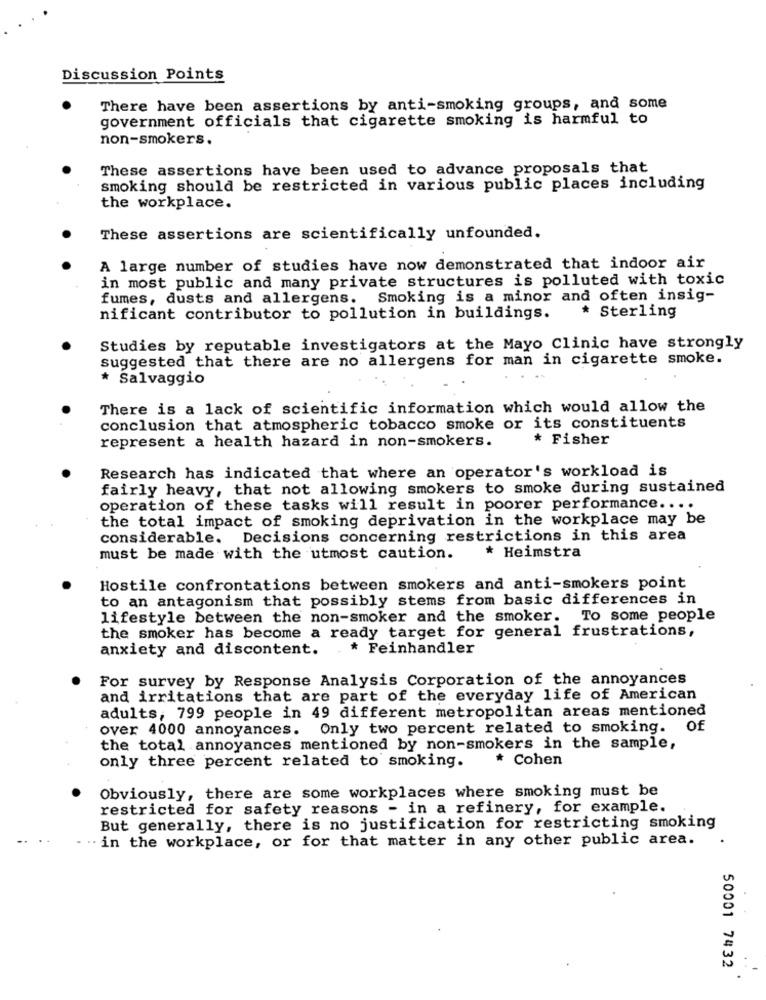
Discussion Points
There have been assertions by anti-smoking groups, and some
government officials that cigarette smoking is harmful to
non-smokers.
These assertions have been used to advance proposals that
smoking should be restricted in various public places including
the workplace.
These assertions are scientifically unfounded.
A large number of studies have now demonstrated that indoor air
in most public and many private structures is polluted with toxic
fumes, dusts and allergens. Smoking is a minor and often insig-
nificant contributor to pollution in buildings.
* Sterling
Studies by reputable investigators at the Mayo Clinic have strongly
suggested that there are no allergens for man in cigarette smoke.
* Salvaggio
There is a lack of scientific information which would allow the
conclusion that atmospheric tobacco smoke or its constituents
represent a health hazard in non-smokers.
* Fisher
Research has indicated that where an operator's workload is
fairly heavy, that not allowing smokers to smoke during sustained
operation of these tasks will result in poorer performance ....
the total impact of smoking deprivation in the workplace may be
considerable. Decisions concerning restrictions in this area
must be made with the utmost caution.
* Heimstra
Hostile confrontations between smokers and anti-smokers point
to an antagonism that possibly stems from basic differences in
lifestyle between the non-smoker and the smoker. To some people
the smoker has become a ready target for general frustrations,
anxiety and discontent.
* Feinhandler
For survey by Response Analysis Corporation of the annoyances
and irritations that are part of the everyday life of American
adults, 799 people in 49 different metropolitan areas mentioned
over 4000 annoyances. Only two percent related to smoking. Of
the total annoyances mentioned by non-smokers in the sample,
* Cohen
only three percent related to smoking.
Obviously, there are some workplaces where smoking must be
restricted for safety reasons - in a refinery, for example.
But generally, there is no justification for restricting smoking
. . in the workplace, or for that matter in any other public area.
50001 7432